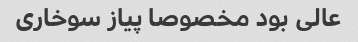
عالی بود مخصوصا پیاز سوخاری